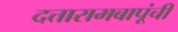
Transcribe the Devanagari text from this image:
दत्तारामबापूंची